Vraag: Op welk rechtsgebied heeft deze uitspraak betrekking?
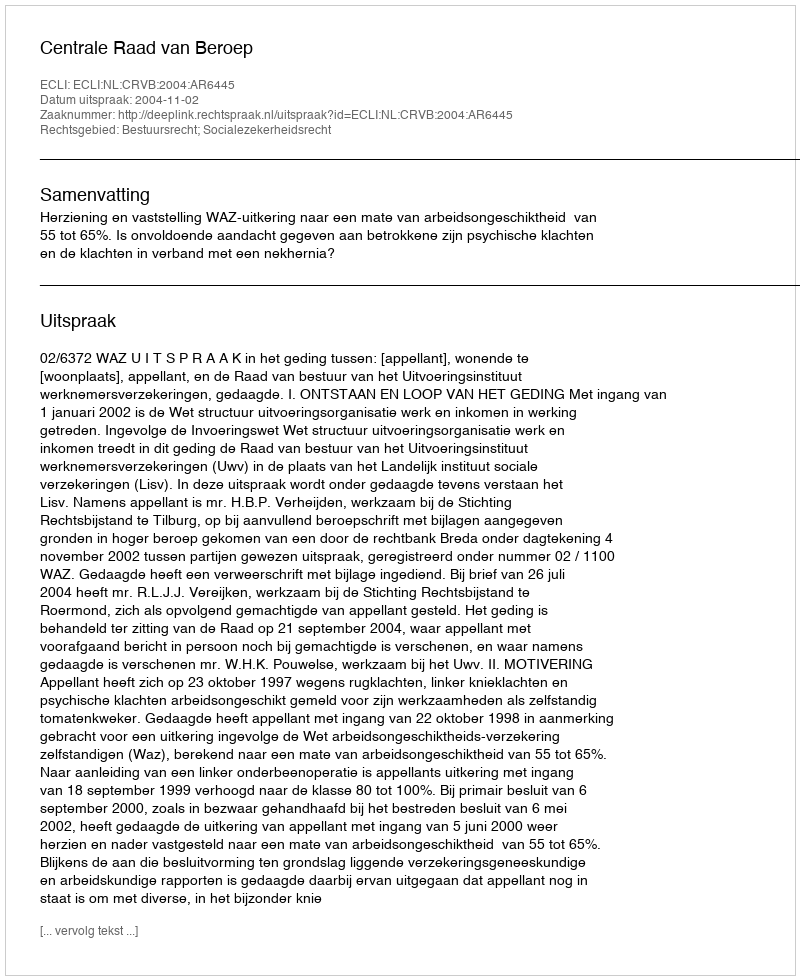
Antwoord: Bestuursrecht; Socialezekerheidsrecht